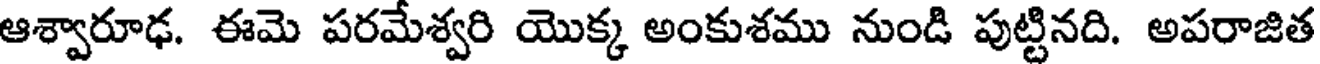
ఆశ్వారూఢ. ఈమె పరమేశ్వరి యొక్క అంకుశము నుండి పుట్టినది. అపరాజిత